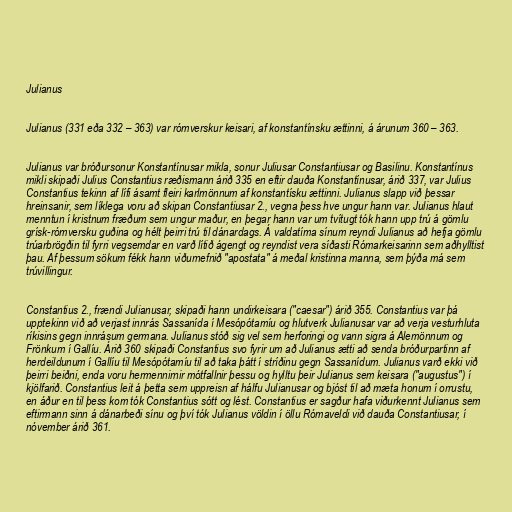
Julianus

Julianus (331 eða 332 – 363) var rómverskur keisari, af konstantínsku ættinni, á árunum 360 – 363.

Julianus var bróðursonur Konstantínusar mikla, sonur Juliusar Constantiusar og Basilinu. Konstantínus
mikli skipaði Julius Constantius ræðismann árið 335 en eftir dauða Konstantínusar, árið 337, var Julius
Constantius tekinn af lífi ásamt fleiri karlmönnum af konstantísku ættinni. Julianus slapp við þessar
hreinsanir, sem líklega voru að skipan Constantiusar 2., vegna þess hve ungur hann var. Julianus hlaut
menntun í kristnum fræðum sem ungur maður, en þegar hann var um tvítugt tók hann upp trú á gömlu
grísk-rómversku guðina og hélt þeirri trú til dánardags. Á valdatíma sínum reyndi Julianus að hefja gömlu
trúarbrögðin til fyrri vegsemdar en varð lítið ágengt og reyndist vera síðasti Rómarkeisarinn sem aðhylltist
þau. Af þessum sökum fékk hann viðurnefnið "apostata" á meðal kristinna manna, sem þýða má sem
trúvillingur.

Constantius 2., frændi Julianusar, skipaði hann undirkeisara ("caesar") árið 355. Constantius var þá
upptekinn við að verjast innrás Sassanída í Mesópótamíu og hlutverk Julianusar var að verja vesturhluta
ríkisins gegn innrásum germana. Julianus stóð sig vel sem herforingi og vann sigra á Alemönnum og
Frönkum í Gallíu. Árið 360 skipaði Constantius svo fyrir um að Julianus ætti að senda bróðurpartinn af
herdeildunum í Gallíu til Mesópótamíu til að taka þátt í stríðinu gegn Sassanídum. Julianus varð ekki við
þeirri beiðni, enda voru hermennirnir mótfallnir þessu og hylltu þeir Julianus sem keisara ("augustus") í
kjölfarið. Constantius leit á þetta sem uppreisn af hálfu Julianusar og bjóst til að mæta honum í orrustu,
en áður en til þess kom tók Constantius sótt og lést. Constantius er sagður hafa viðurkennt Julianus sem
eftirmann sinn á dánarbeði sínu og því tók Julianus völdin í öllu Rómaveldi við dauða Constantiusar, í
nóvember árið 361.